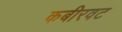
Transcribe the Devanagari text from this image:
कबीरवट